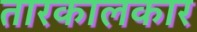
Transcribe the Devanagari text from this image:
तारकालकार